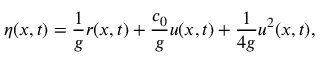
\eta ( x , t ) = \frac { 1 } { g } r ( x , t ) + \frac { c _ { 0 } } { g } u ( x , t ) + \frac { 1 } { 4 g } u ^ { 2 } ( x , t ) ,